Lunatic asylums in Bengal annual reports 1912-1924 - 1912-1924
Year: 1912
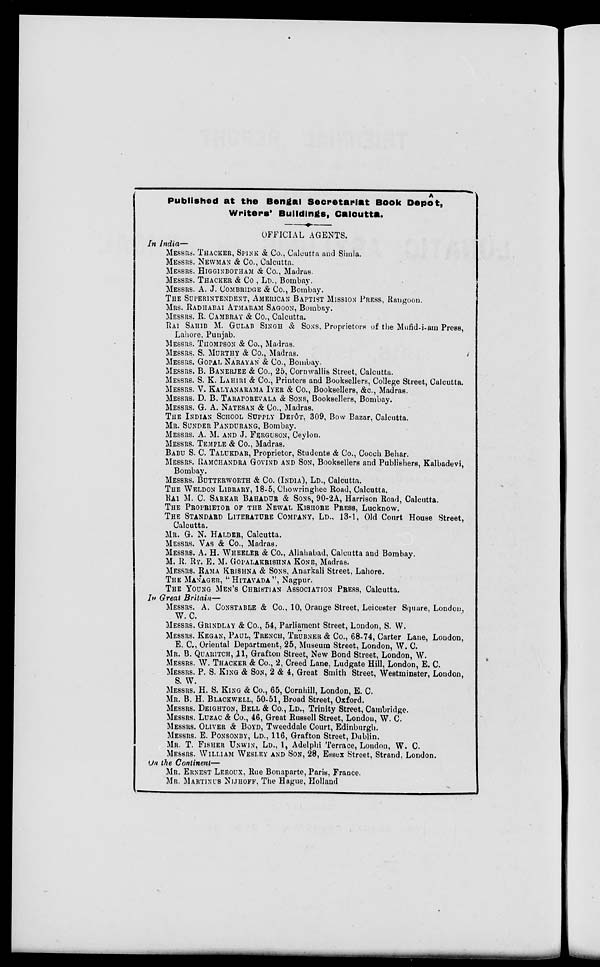
Published at the Bengal Secretariat Book Depôt,
Writers' Buildings, Calcutta.
OFFICIAL AGENTS.
In India—
MESSRS. THACKER, SPINK & Co., Calcutta and Simla.
MESSRS. NEWMAN & Co., Calcutta.
MESSRS. HIGGINBOTHAM & Co., Madras.
MESSRS. THACKER & Co , LD., Bombay.
MESSRS. A. J. COMBRIDGE & Co., Bombay.
THE SUPERINTENDENT, AMERICAN BAPTIST MISSION PRESS, Rangoon.
MRS. RADHABAI ATMARAM SAGOON, Bombay.
MESSRS. R. CAMBRAY & Co., Calcutta.
RAI SAHIB M. GULAB SINGH & SONS, Proprietors of the Mufid-i-am Press,
Lahore. Punjab.
MESSRS. THOMPSON & Co., Madras.
MESSRS. S. MURTHY & Co., Madras.
MESSRS. GOPAL NARAYAN & Co., Bombay.
MESSRS. B. BANERJEE & Co., 25, Cornwallis Street, Calcutta.
MESSRS. S. K. LAHIRI & Co., Printers and Booksellers, College Street, Calcutta.
MESSRS. V. KALYANARAMA IYER & Co., Booksellers, &c., Madras.
MESSRS. D. B. TARAPOREVALA & SONS, Booksellers, Bombay.
MESSRS. G. A. NATESAN & Co., Madras.
THE INDIAN SCHOOL SUPPLY DEPÔT, 309, Bow Bazar, Calcutta.
MR. SUNDER PANDURANG, Bombay.
MESSRS. A. M. AND J. FERGUSON, Ceylon.
MESSRS. TEMPLE & Co., Madras.
BABU S. C. TALUKDAR, Proprietor, Students & Co., Cooch Behar.
MESSRS. RAMCHANDRA GOVIND AND SON, Booksellers and Publishers, Kalbadevi,
Bombay.
MESSRS. BUTTERWORTH & Co. (INDIA), LD., Calcutta.
THE WELDON LIBRARY, 18-5, Chowringhee Road, Calcutta.
RAI M. C. SARKAR BAHADUR & SONS, 90-2A, Harrison Road, Calcutta.
THE PROPRIETOR OF THE NEWAL KISHORE PRESS, Lucknow.
THE STANDARD LITERATURE COMPANY, LD., 13-1, Old Court House Street,
Calcutta.
MR. G. N. HALDER, Calcutta.
MESSRS. VAS & Co., Madras.
MESSRS. A. H. WHEELER & Co., Allahabad, Calcutta and Bombay.
M. R. RY. E. M. GOPALAKRISHNA KONE, Madras.
MESSRS. RAMA KRISHNA & SONS, Anarkali Street, Lahore.
THE MANAGER, "HITAVADA", Nagpur.
THE YOUNG MEN' S CHRISTIAN ASSOCIATION PRESS, Calcutta.
In Great Britain—
MESSRS. A. CONSTABLE & Co., 10, Orange Street, Leicester Square, London,
W. C.
MESSRS. GRINDLAY & Co., 54, Parliament Street, London, S. W.
MESSRS. KEGAN, PAUL, TRENCH, TRÜBNER & Co., 68-74, Carter Lane, London,
E. C., Oriental Department, 25, Museum Street, London, W. C.
MR. B. QUARITCH, 11, Grafton Street, New Bond Street, London, W.
MESSRS. W. THACKER & Co., 2, Creed Lane, Ludgate Hill, London, E. C.
MESSRS. P. S. KING & SON, 2 & 4, Great Smith Street, Westminster, London,
S. W.
MESSRS. H. S. KING & Co., 65, Cornhill, London, E. C.
MR. B. H. BLACKWELL, 50-51, Broad Street, Oxford.
MESSRS. DEIGHTON, BELL & Co., LD., Trinity Street, Cambridge.
MESSRS. LUZAC & Co., 46, Great Russell Street, London, W. C.
MESSRS. OLIVER & BOYD, Tweeddale Court, Edinburgh.
MESSRS. E. PONSONBY, LD., 116, Grafton Street, Dublin.
MR. T. FISHER UNWIN, LD., 1, Adelphi Terrace, London, W. C.
MESSRS. WILLIAM WESLEY AND SON, 28, Essex Street, Strand, London.
On the Continent—
MR. ERNEST LEROUX, Rue Bonaparte, Paris, France.
MR. MARTINUS NIJHOFF, The Hague, Holland